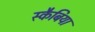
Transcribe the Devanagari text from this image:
स्कैबिया